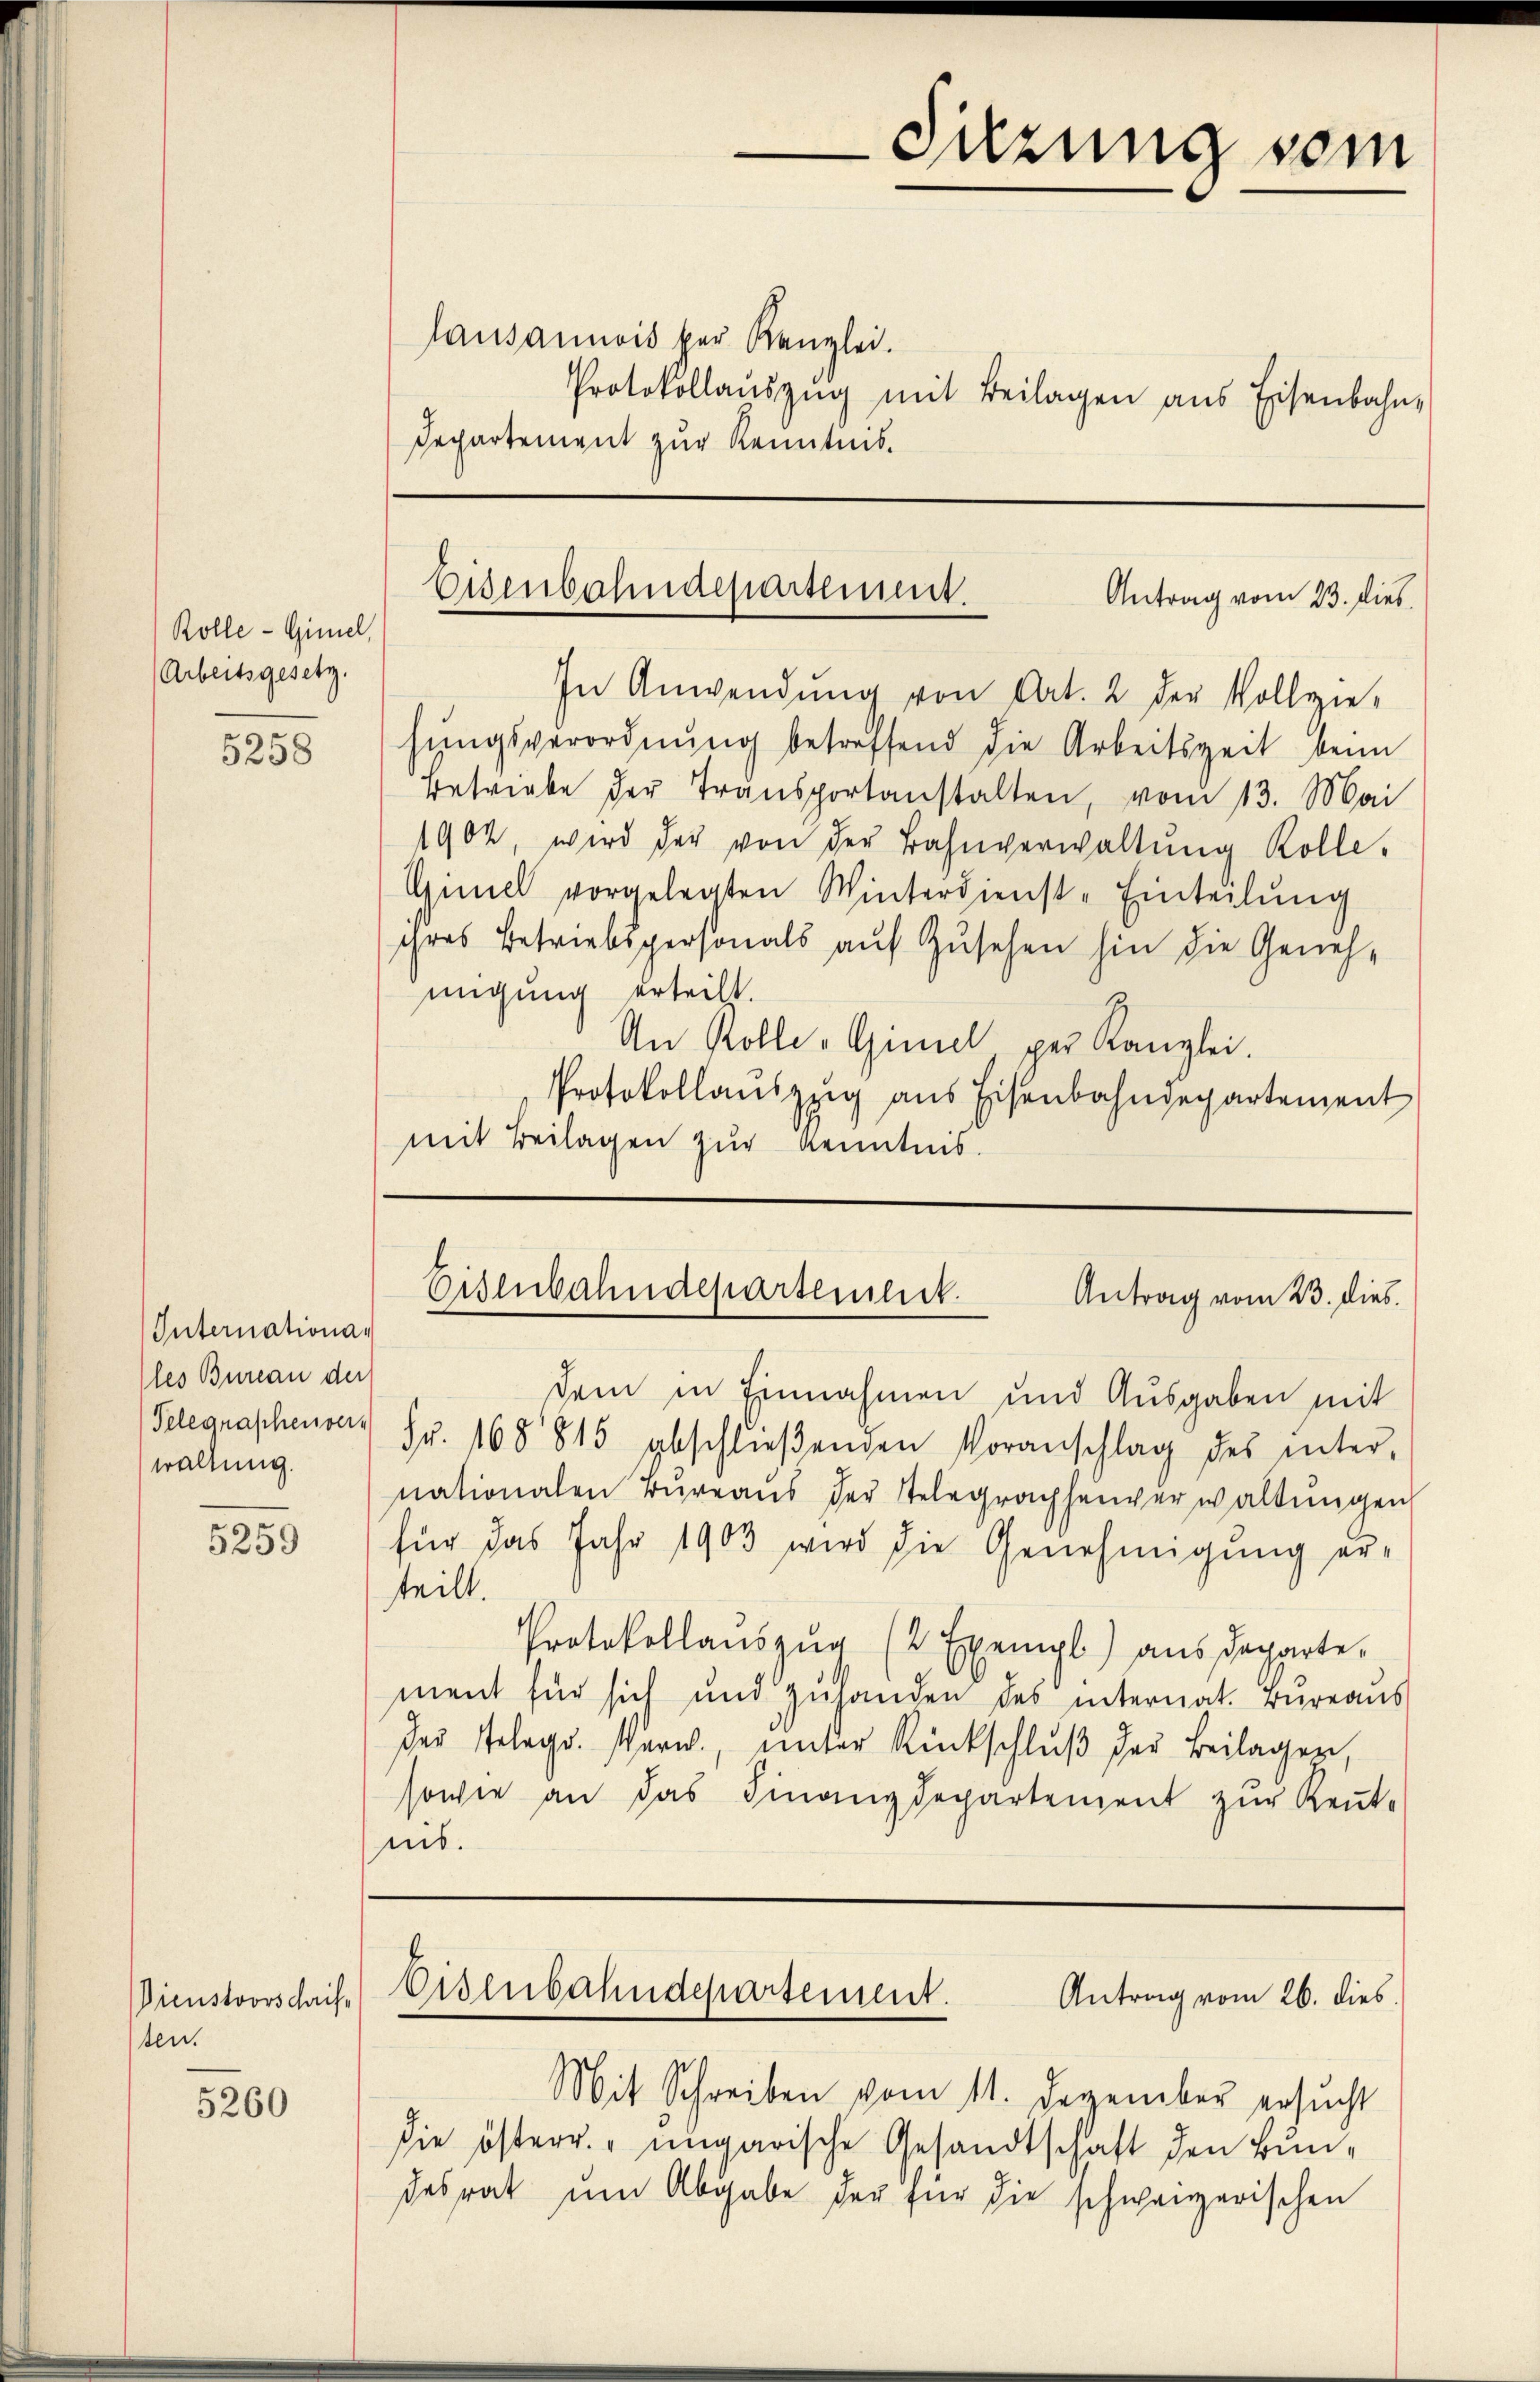
Rolle - Gimel,
(Arbeitsgesetz.

5258

Internationa¬
(les Bureau der
waltung.

5259

Dienstvorschriften.

5260

Lausannois per Kanzlei.
Protokollaŭszŭg mit Beilagen aus Eisenbahn-
Departement zur Kenntnis.

In Anwendung von Art. 2 der Vollzie-
hŭngsverordnŭng betreffend die Arbeitszeit beim
Betriebe der Transportanstalten, vom 13. Mai
1902, wird der von der Bahnverwaltŭng Kolle,
Gimel vorgelegten Winterdienst-Einteilŭng
ihres Betriebspersonals auf Zusehen hin die Genehmigung erteilt.
An Kolle-Gimel per Kanzlei.
Protokollaŭszŭg ans Eisenbahndepartement
mit Beilagen zur Kenntnis.

dem in Einnahmen und Ausgaben mit
Telegraschenvers Fr. 168815 abschlieβenden Voranschlag des inter-
nationalen Büreaŭs der Telegraphenverwaltŭngen
für das Jahr 1903 wird die Genehmigung er-
teilt.
Protokollaŭszŭg (2 Exempl) aus departe.
ment für sich und zuhanden des internat. Bureaus
des Telegs. Warn, unter Rückschluß der Beilager,
sowie an das Finanzdepartement zur Keṅt-
nis.

Sitzung sein

Eisenbahndepartement.
Antrag vom 23. dies

Eisenbahndepartement.
Antrag vom 23. dies.

Eisenbahndepartement.
Antrag vom 26. dies

Mit Schreiben vom 11. Dezember ersŭcht
die österr. ungarische Gesandtschaft den Bundesrat ŭm Abgabe der für die schweizerischen